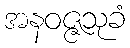
အနဝဇ္ဇသုခံ